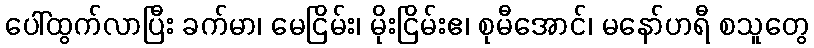
ပေါ်ထွက်လာပြီး ခက်မာ၊ မေငြိမ်း၊ မိုးငြိမ်းဧ၊ စုမီအောင်၊ မနော်ဟရီ စသူတွေ